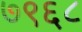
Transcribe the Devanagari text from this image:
७९६८